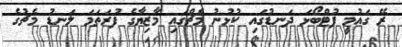
ރޭ ގައުމީ ފުޓްބޯޅަ ދަނޑުގައި ކުޅުނު މެޗްގައި މާޒިޔާގެ ފުރަތަމަ ލަނޑު މެޗުގެ